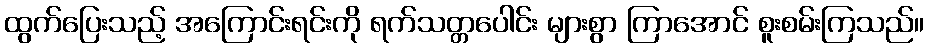
ထွက်ပြေးသည့် အကြောင်းရင်းကို ရက်သတ္တပေါင်း များစွာ ကြာအောင် စူးစမ်းကြသည်။